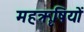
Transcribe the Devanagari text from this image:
महॠषियों